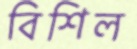
বিশিল